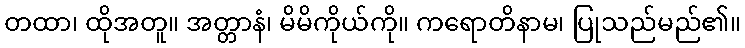
တထာ၊ ထိုအတူ။ အတ္တာနံ၊ မိမိကိုယ်ကို။ ကရောတိနာမ၊ ပြုသည်မည်၏။